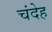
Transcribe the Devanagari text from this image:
चंदेह